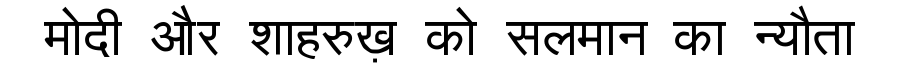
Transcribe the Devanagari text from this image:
मोदी और शाहरुख़ को सलमान का न्यौता